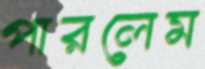
পারলেম